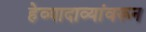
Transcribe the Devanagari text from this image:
हेव्यादाव्यांवरून